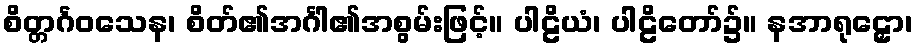
စိတ္တင်္ဂဝသေန၊ စိတ်၏အင်္ဂါ၏အစွမ်းဖြင့်။ ပါဠိယံ၊ ပါဠိတော်၌။ နအာရုဠှော၊